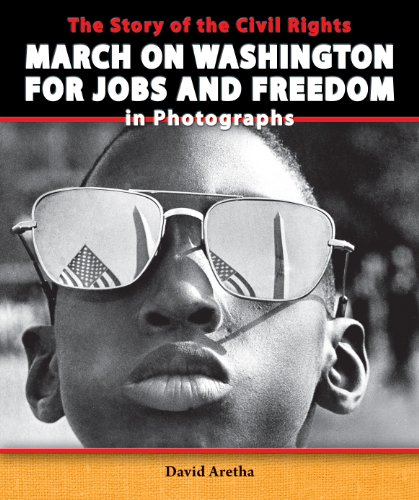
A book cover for The Story of the Civil Rights March on Washington for Jobs and Freedom in Photographs (The Story of the Civil Rights Movement in Photographs); David Aretha; Children's Books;